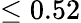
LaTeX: \leq 0.52